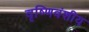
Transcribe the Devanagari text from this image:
वृष्णिवंशीय